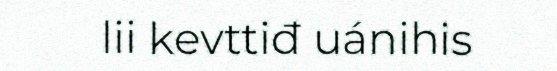
lii kevttiđ uánihis